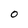
Character: O